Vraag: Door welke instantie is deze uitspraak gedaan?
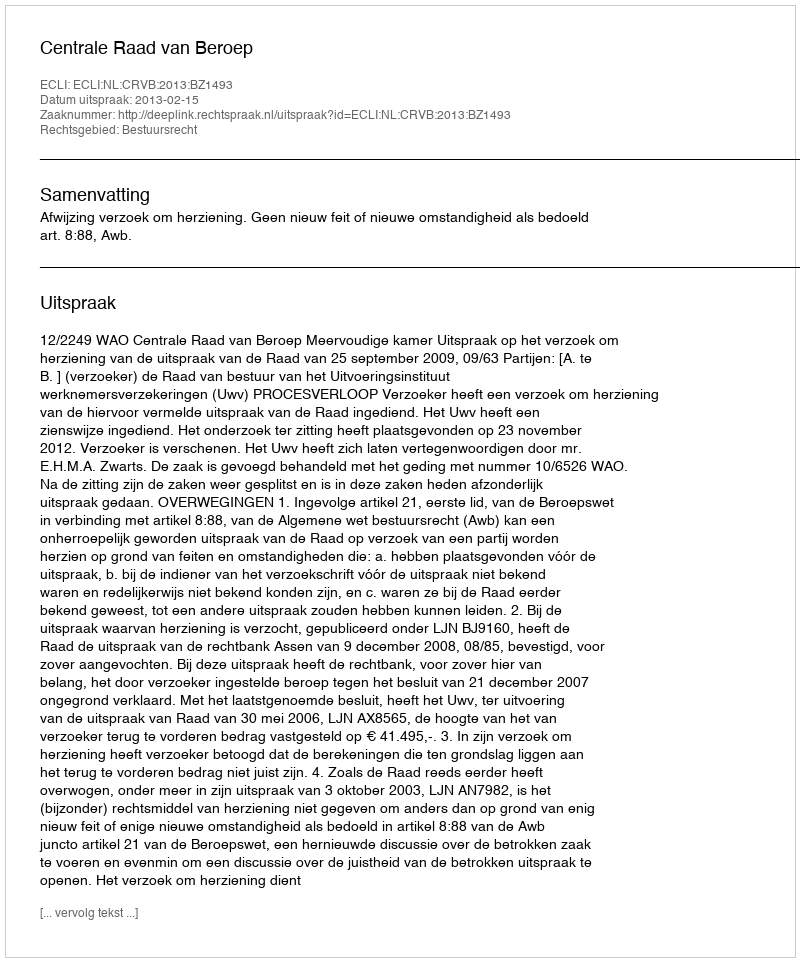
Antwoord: Centrale Raad van Beroep